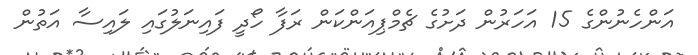
އަންހެނުންގެ 15 އަހަރުން ދަށުގެ ޗެމްޕިއަންކަން ރަފާ ހޯދީ ފައިނަލުގައި ލައިސާ އަތުން